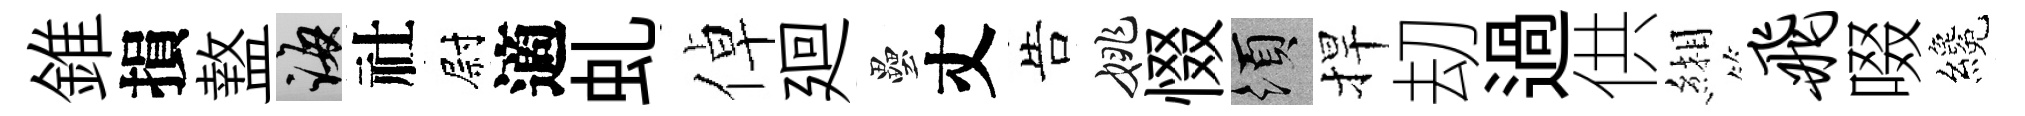
錐損盩誨社尉適虬倬廻壘丈告姚惙須捍刧過供緗飞啜纔